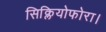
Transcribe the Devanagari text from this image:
सिक्लियोफोरा।